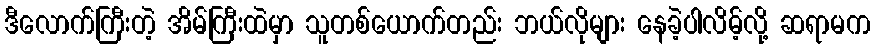
ဒီလောက်ကြီးတဲ့ အိမ်ကြီးထဲမှာ သူတစ်ယောက်တည်း ဘယ်လိုများ နေခဲ့ပါလိမ့်လို့ ဆရာမက